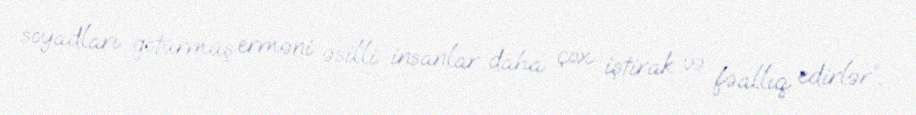
soyadları götürmüş erməni əsilli insanlar daha çox iştirak və fəallıq edirlər”.